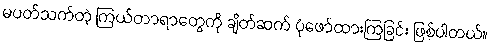
မပတ်သက်တဲ့ ကြယ်တာရာတွေကို ချိတ်ဆက် ပုံဖော်ထားကြခြင်း ဖြစ်ပါတယ်။